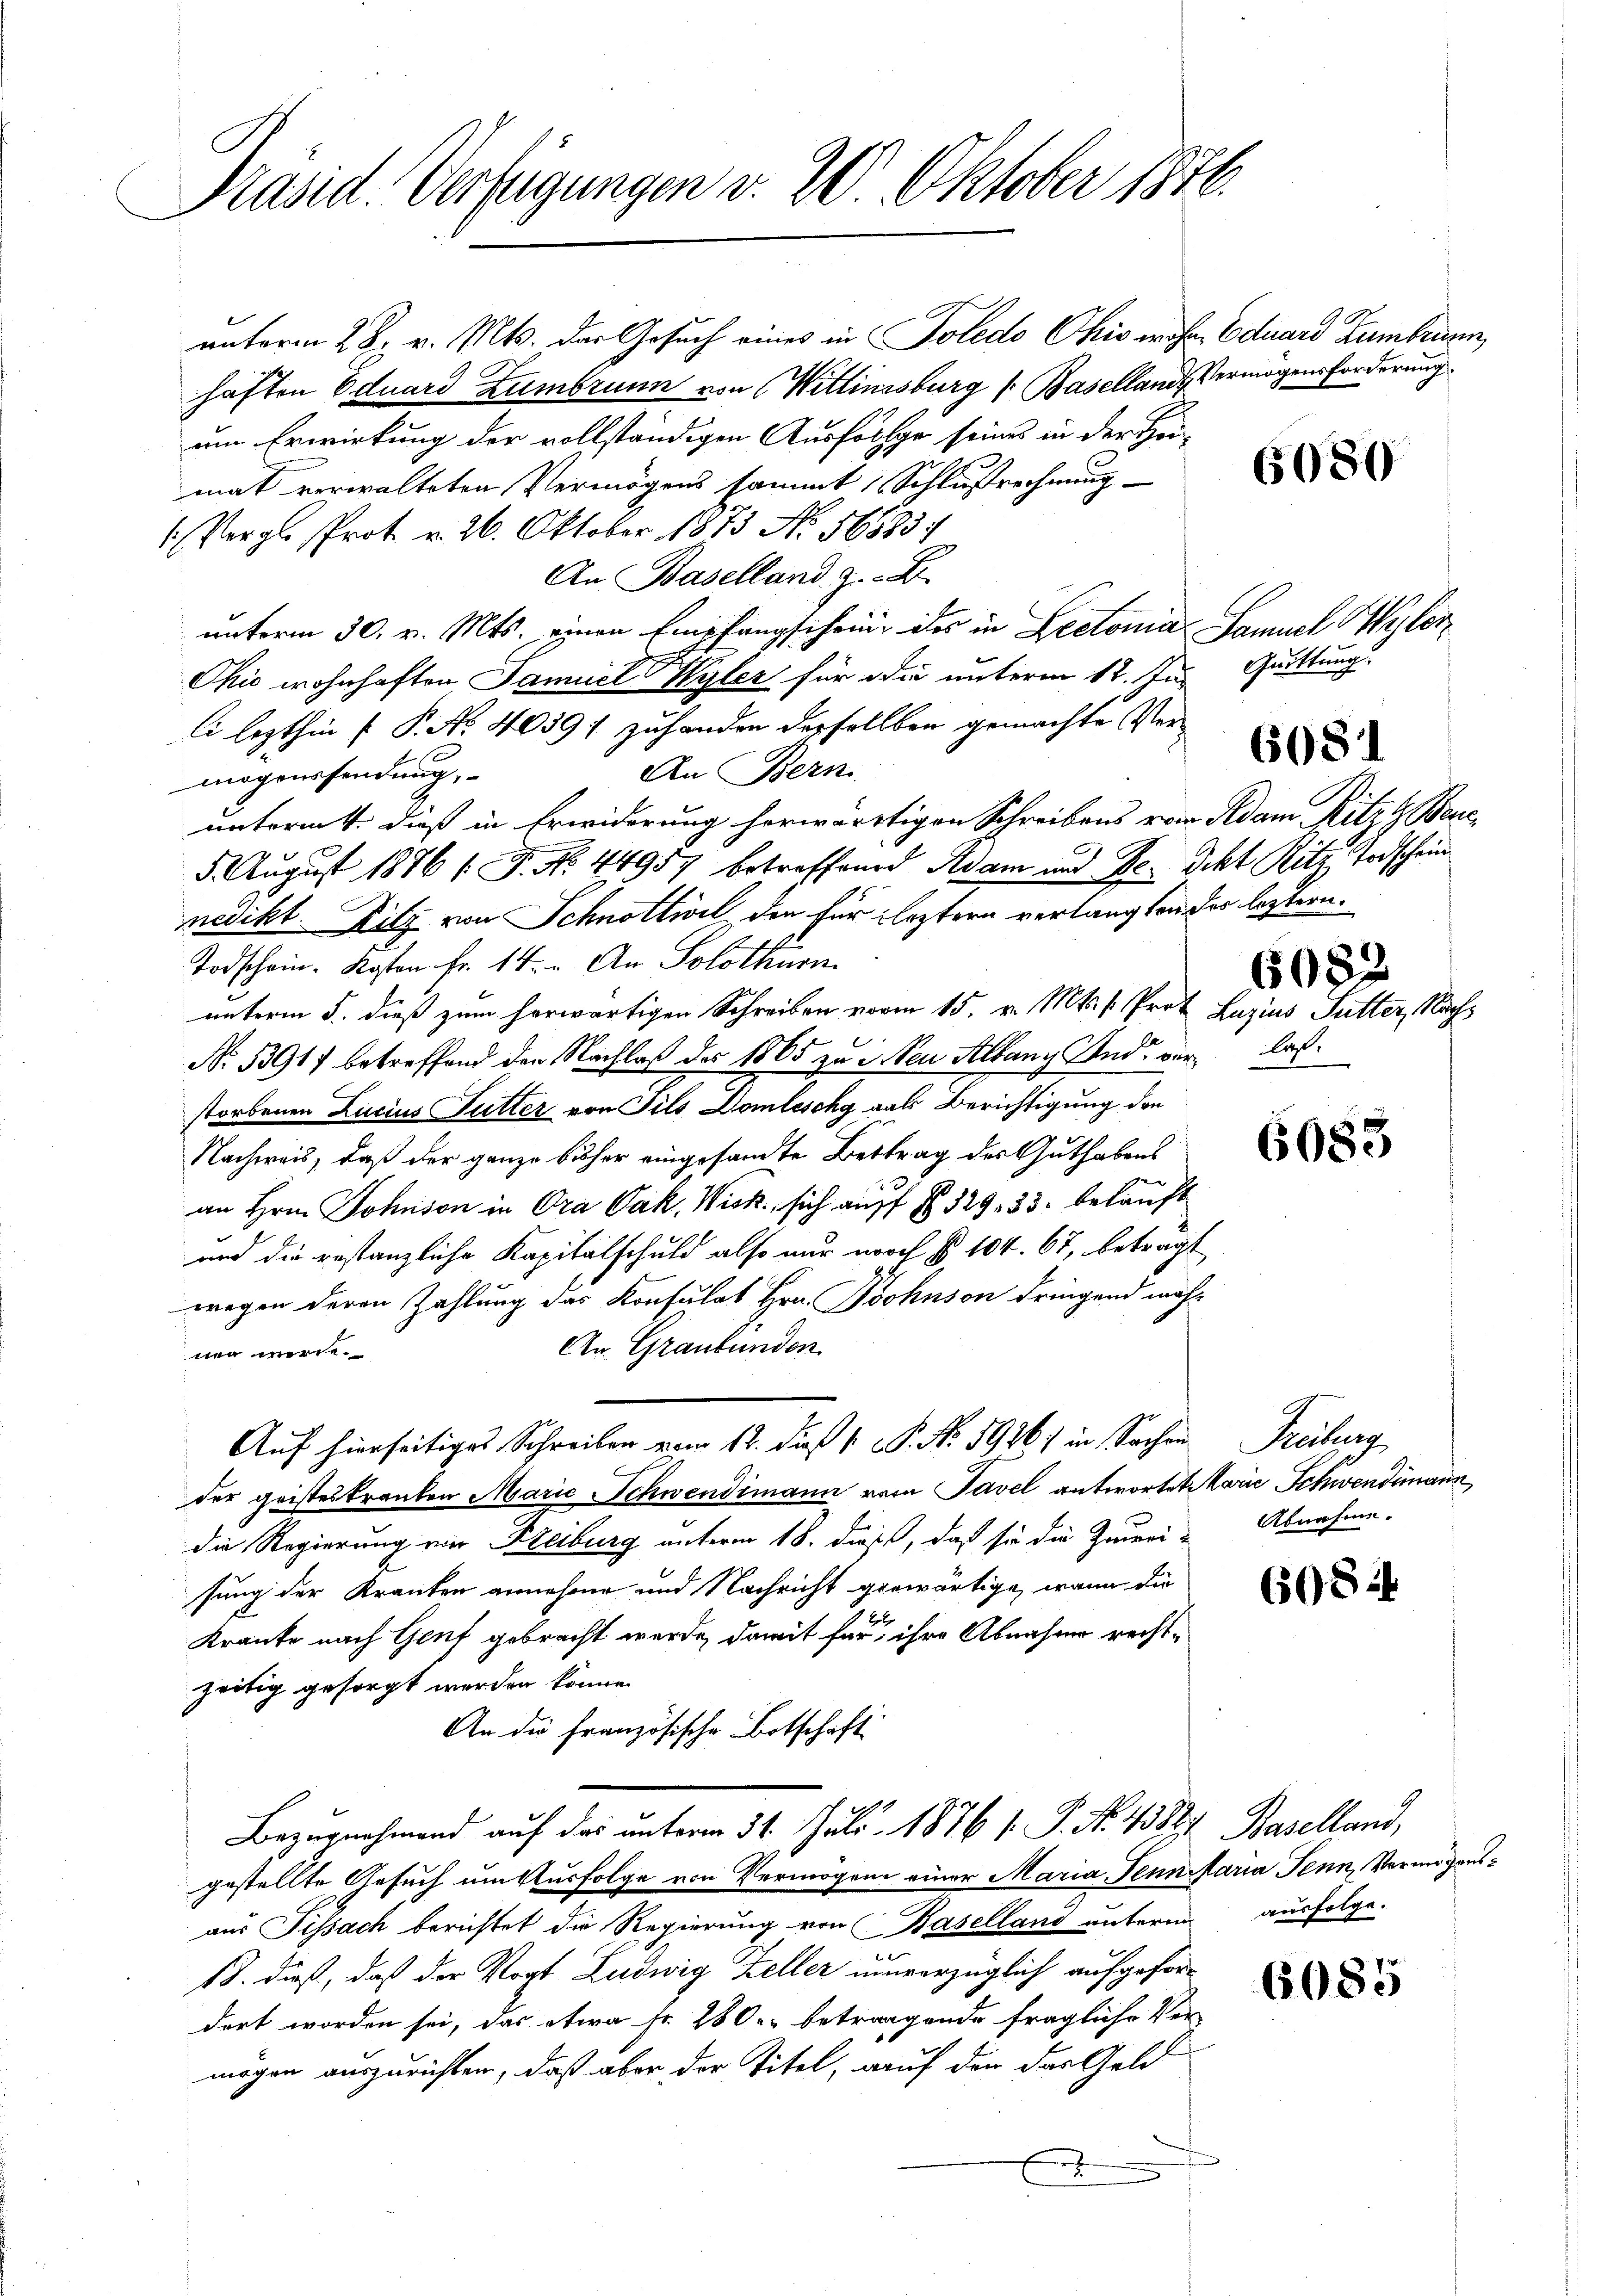
Präsid. Verfügungen v. 20. Oktober 1870.

unterm 28. v. Mts. der Gesuch eines in Poledo Ohio wohne Eduard Zumbrunn,
haften Eduard Zumbrunn von Wittinssburg (: Baselland, Vermögensforderung
um Erwirkung der vollständigen Ausfolge seines in der Heimat verwalteten Vermögens sammt Schlußrechnung
(Vergl. Prot. v. 26. Oktober 1873 No 56883/
An Baselland. Z. B.
unterm 30. v. Mts. einen Empfangschein, des in Lectonia Samuel Wyler
Okić wohnhaften Samuel Wyler für die unterm 12. Jun. Quittung
li lezthin f. P. No 4089; zuhanden derselben gemachte Ver¬
An Bern
mögenssendung,
unterm 4. dieß in Erwiderung herwärtigen Schreibens von Adam Ritz Bene¬
5. August 1876 (T. No. 44957 betreffend Adam und Dr. dikt Ritz Todschein
nedikt Zitz von Schnottwil den für leztern verlangten der leztern.
Todschein. Kosten Fr. 14. An Solothurn
unterm 5. dieß zum herwärtigen Schreiben vorm 15. v. Mts. s. Prot Luzius Futter, Nach¬
No. 53917 betreffend den Nachlaß der 1865 zu den Albany Und verlaßstorbenen Lucius Futter von Pils Domlischg aals Berichtigung den
Nachweis, daß der ganze bisher eingesandte Bettrag des Guthabens
an Hrn. Johnson in Ora Jak. Wick, sich auff No 329, 33. bekauft
und die gestanzliche Kapitalschuld also nur noch § 104. 67, beträgt
wegen deren Zahlung das Konsulat Hrn. Bohnson dringend möch¬
An Graubünden.
nen werde.
Auf hierseitiges Schreiben vom 12. daß  P. No. 1926) in Sachen
der geisteskranken Marie Schwendimann vom Tavel antwortet Marie Schwendimann
die Regierung von Freiburg unterm 18. dieß, daß sie die Zureisung der Kranten annehme und Nachricht gewärtige, wenn die
Kraute nach Genf gebracht werde, damit für ihre Abnahme rechtzeitig gesorgt werden könne.
An die französische Botschaft
Bezugnahmend auf das unterm 31. Juli 1876 f. P. No. 4382 Baselland,
gestellte Gesuch um Ausfolge von Vermögen einer Maria Pennitaria Jenn, Vermögensaus Tissach berichtet die Regierung von Baselland unterm ausfolge.
18. dieß, daß der Vogt Ludwig Zeller unverzüglich aufgefordert worden sei, das etwa Fr. 280. betraggende fragliche Ver-
mögen auszurichten, daß aber der Titel, auf den das Geld

6080

608

6082

6083

Trübung
Abnahme.

608.

6085